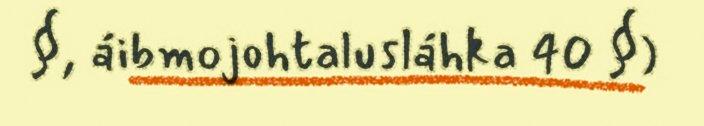
§, áibmojohtalusláhka 40 §)